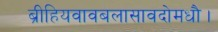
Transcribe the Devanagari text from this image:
ब्रीहियवावबलासावदोमधौ।